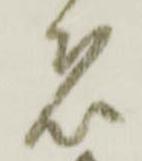
者